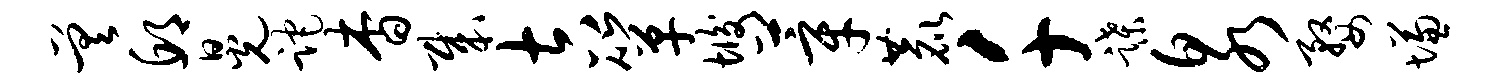
差邱晃跎杳哉吉箪垢莘鹿千蹀泉婺慊